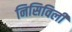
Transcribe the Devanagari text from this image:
निसिविली